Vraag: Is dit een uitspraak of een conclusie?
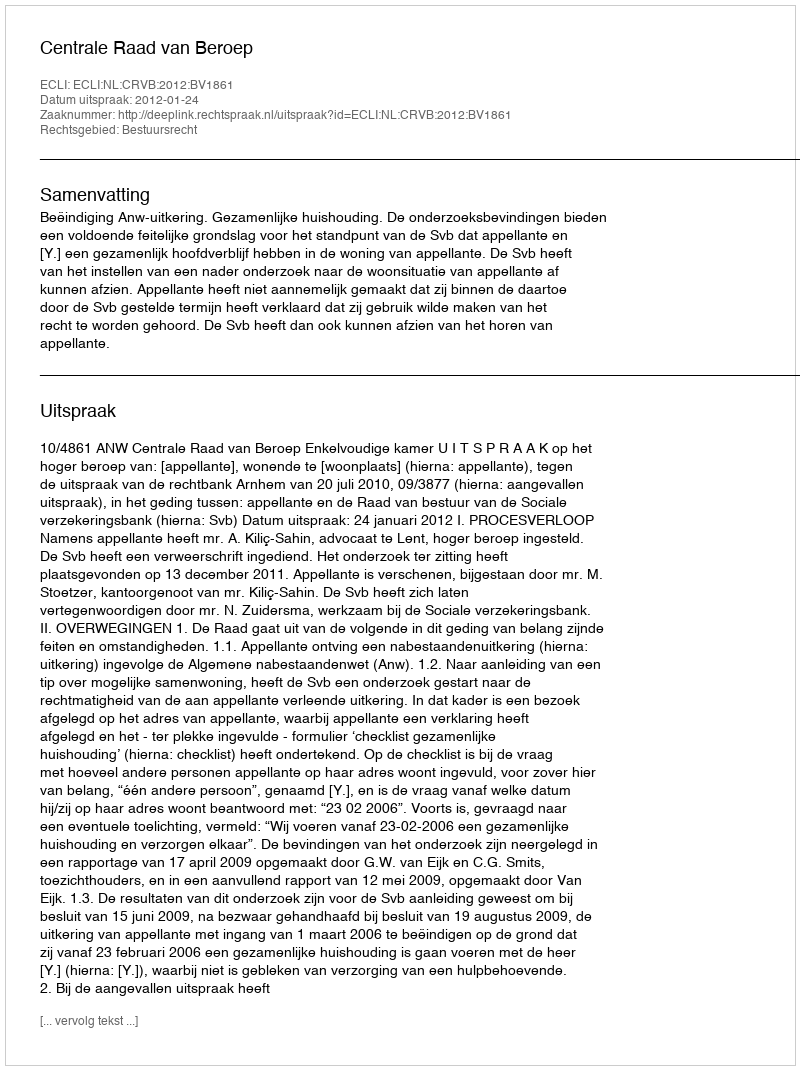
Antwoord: Uitspraak